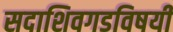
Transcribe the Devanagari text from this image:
सदाशिवगडविषयी